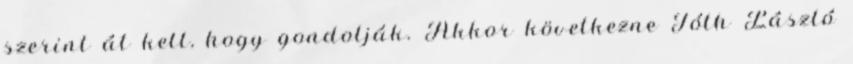
szerint át kell, hogy gondolják. Akkor következne Tóth László